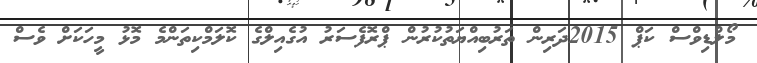
މޯލްޑިވްސް ކަޕް 2015ދަރިން ތަރުބިއްޔަތުކުރުން ޕްރޮފެސަރު އުގެއިލްގެ ކޮލަމްކިތަންމެ މޮޅު މީހަކަށް ވެސް